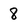
Character: 8